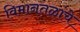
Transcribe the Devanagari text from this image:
विमानतळांचे